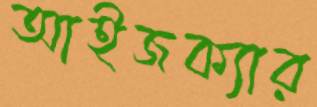
আইজক্যার